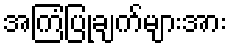
အကြံပြုချက်များအား